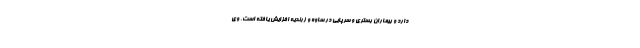
دارد و بیماران بستری و سرپایی در ساوه و زرندیه افزایش یافته است. وی